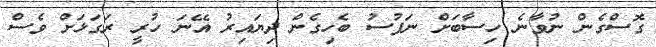
ގޮސްގެން ނުވާނެ ހިސާބަށް ނަފުސު ބެހިގެން ދިޔައިރު އޭނަ ހުރީ ރަގަޅަށް ވެސް